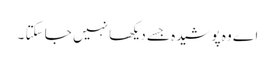
اے وہ پوشیدہ جسے دیکھا نہیں جا سکتا ۔